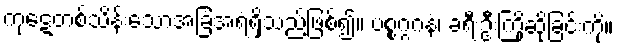
ကုဋေတစ်သိန်းသောအခြံအရံရှိသည်ဖြစ်၍။ ပစ္စဂ္ဂဂနံ၊ ခရီးဦးကြိုဆိုခြင်းကို။